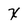
Character: x